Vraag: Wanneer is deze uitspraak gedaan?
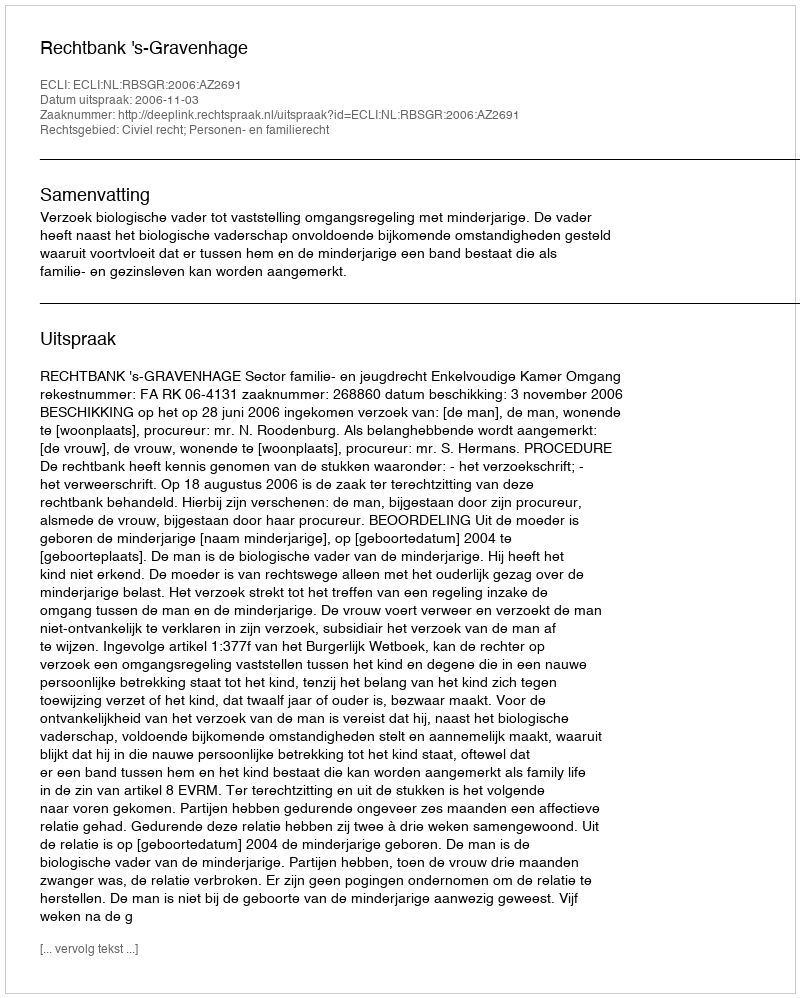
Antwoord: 2006-11-03